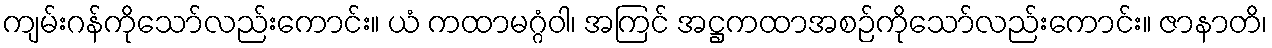
ကျမ်းဂန်ကိုသော်လည်းကောင်း။ ယံ ကထာမဂ္ဂံဝါ၊ အကြင် အဋ္ဌကထာအစဉ်ကိုသော်လည်းကောင်း။ ဇာနာတိ၊